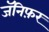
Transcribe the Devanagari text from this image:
जॅनिफ़र